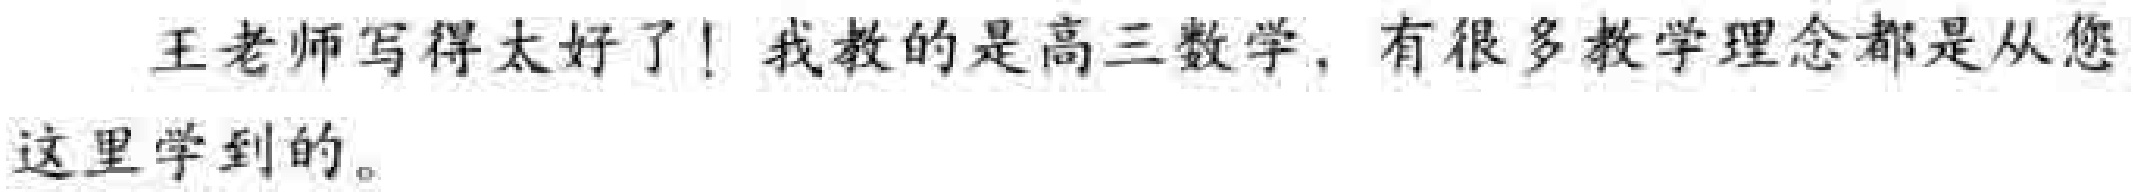
王老师写得太好了！我教的是高三数学，有很多教学理念都是从您这里学到的。